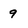
Character: 9